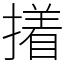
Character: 撯